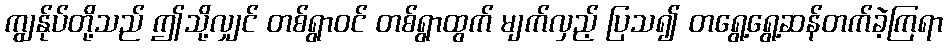
ကျွန်ုပ်တို့သည် ဤသို့လျှင် တစ်ရွာဝင် တစ်ရွာထွက် မျက်လှည့် ပြသ၍ တရွေ့ရွေ့ဆန်တက်ခဲ့ကြရာ